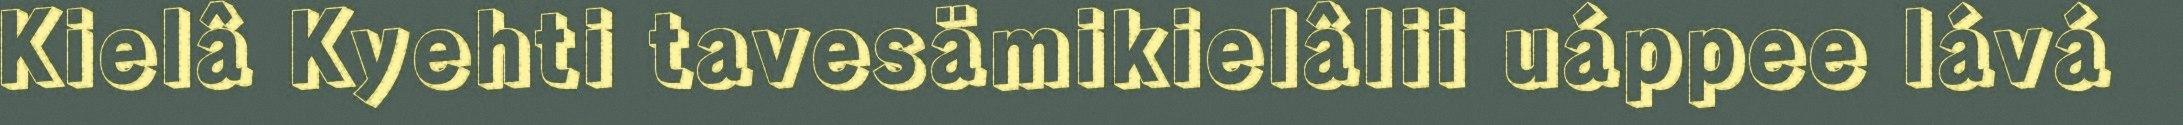
Kielâ Kyehti tavesämikielâlii uáppee lává